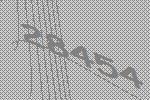
28454